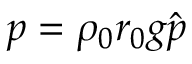
p = \rho _ { 0 } r _ { 0 } g \hat { p }